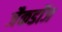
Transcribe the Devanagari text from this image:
जैकडॉज